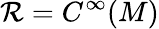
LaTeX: \mathcal{R}=C^{\infty}(M)